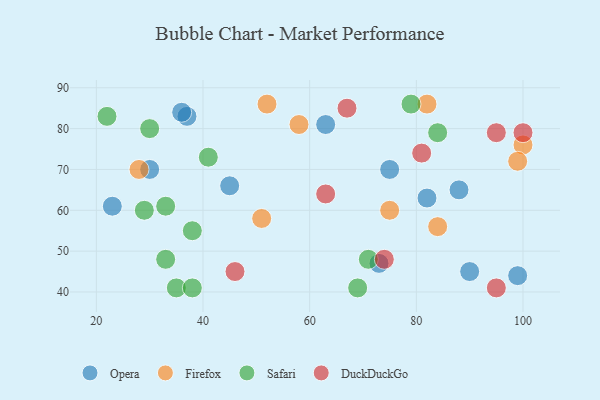
{"axis": {"x": "GDP", "y": "Life Expectancy"}, "legend": ["DuckDuckGo", "Firefox", "Opera", "Safari"], "data": [{"x": "30", "y": 70, "type": "Opera"}, {"x": "37", "y": 83, "type": "Opera"}, {"x": "90", "y": 45, "type": "Opera"}, {"x": "23", "y": 61, "type": "Opera"}, {"x": "88", "y": 65, "type": "Opera"}, {"x": "99", "y": 44, "type": "Opera"}, {"x": "73", "y": 47, "type": "Opera"}, {"x": "36", "y": 84, "type": "Opera"}, {"x": "45", "y": 66, "type": "Opera"}, {"x": "82", "y": 63, "type": "Opera"}, {"x": "63", "y": 81, "type": "Opera"}, {"x": "75", "y": 70, "type": "Opera"}, {"x": "52", "y": 86, "type": "Firefox"}, {"x": "58", "y": 81, "type": "Firefox"}, {"x": "51", "y": 58, "type": "Firefox"}, {"x": "28", "y": 70, "type": "Firefox"}, {"x": "84", "y": 56, "type": "Firefox"}, {"x": "75", "y": 60, "type": "Firefox"}, {"x": "100", "y": 76, "type": "Firefox"}, {"x": "82", "y": 86, "type": "Firefox"}, {"x": "99", "y": 72, "type": "Firefox"}, {"x": "38", "y": 55, "type": "Safari"}, {"x": "41", "y": 73, "type": "Safari"}, {"x": "35", "y": 41, "type": "Safari"}, {"x": "22", "y": 83, "type": "Safari"}, {"x": "84", "y": 79, "type": "Safari"}, {"x": "69", "y": 41, "type": "Safari"}, {"x": "33", "y": 48, "type": "Safari"}, {"x": "38", "y": 41, "type": "Safari"}, {"x": "29", "y": 60, "type": "Safari"}, {"x": "33", "y": 61, "type": "Safari"}, {"x": "79", "y": 86, "type": "Safari"}, {"x": "30", "y": 80, "type": "Safari"}, {"x": "71", "y": 48, "type": "Safari"}, {"x": "100", "y": 79, "type": "DuckDuckGo"}, {"x": "46", "y": 45, "type": "DuckDuckGo"}, {"x": "63", "y": 64, "type": "DuckDuckGo"}, {"x": "74", "y": 48, "type": "DuckDuckGo"}, {"x": "81", "y": 74, "type": "DuckDuckGo"}, {"x": "95", "y": 79, "type": "DuckDuckGo"}, {"x": "67", "y": 85, "type": "DuckDuckGo"}, {"x": "95", "y": 41, "type": "DuckDuckGo"}]}